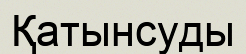
Қатынсуды